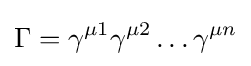
\Gamma =\gamma ^{\mu 1}\gamma ^{\mu 2}\dots \gamma ^{\mu n}